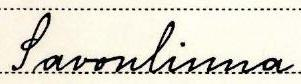
Savonlinna